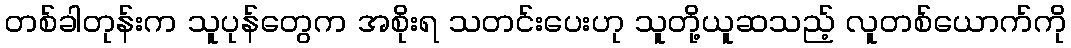
တစ်ခါတုန်းက သူပုန်တွေက အစိုးရ သတင်းပေးဟု သူတို့ယူဆသည့် လူတစ်ယောက်ကို